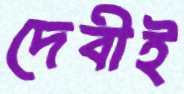
দেবীই